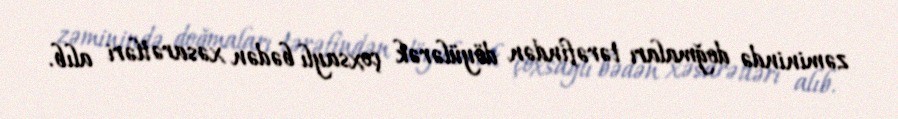
zəminində doğmaları tərəfindən döyülərək çoxsaylı bədən xəsarətləri alıb.